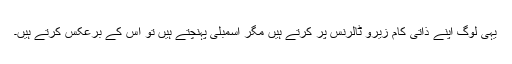
یہی لوگ اپنے ذاتی کام زیرو ٹالرنس پر کرتے ہیں مگر اسمبلی پہنچتے ہیں تو اس کے برعکس کرتے ہیں۔